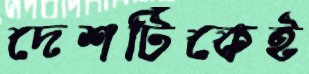
দেশটিকেই